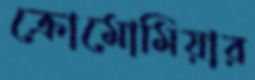
ক্রোমোমিয়ার